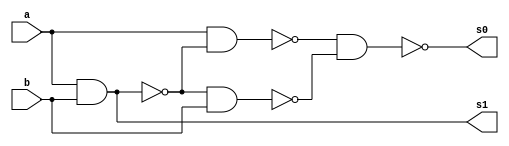
//-- Felipe Pacfico
//-- 389868
//-- guia03_02


// -- meia soma


module meiasoma (s0, s1, a, b);
 output s0, s1;
 input  a, b;
 wire s2,s3,s4,s5;
 
 nand nandgate1 (s2, a, b);
 nand nandgate2 (s1, s2, s2);
 nand nandgate3 (s3, a, b);
 nand nandgate4 (s4, a, s3);
 nand nandgate5 (s5, s3, b);
 nand nandgate6 (s0, s4, s5);

endmodule // meia soma

// --------------------------
// -- test meia soma nand
// --------------------------

module testmeiasoma;
 reg   a, b;             
 wire  s0, s1;
          // instancia
 meiasoma MEIASOMA1 (s0, s1, a, b);

 initial begin:start
      a=0; b=0;
 end

          // parte principal
 initial begin:main
      $display("Felipe Pacifico -- 389868");
      $display("Test Meia Soma NAND gate");
      $display("\n a & b = s0 s1\n");
      $monitor(" %b & %b = %b %b", a, b, s0, s1);
  #1  a=0; b=1; 
  #1  a=1; b=0; 
  #1  a=1; b=1; 
  
 end

endmodule // testmeiasoma